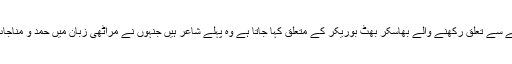
مہانوبھو فرقے سے تعلق رکھنے والے بھاسکر بھٹ بوریکر کے متعلق کہا جاتا ہے وہ پہلے شاعر ہیں جنہوں نے مراٹھی زبان میں حمد و مناجات کو نظم کیا۔